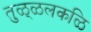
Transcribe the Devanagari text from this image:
तुळ्ळलकळि